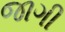
જાગી